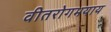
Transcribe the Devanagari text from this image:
वीतरोगभयाय